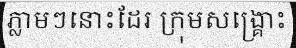
ភ្លាមៗនោះដែរ ក្រុមសង្គ្រោះ